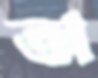
অ